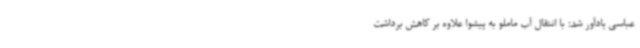
عباسی یادآور شد: با انتقال آب ماملو به پیشوا علاوه بر کاهش برداشت